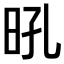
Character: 𭥛